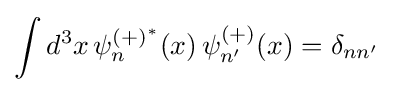
\int d^{3}x\,\psi _{n}^{(+)^{*}}(x)\,\psi _{n'}^{(+)}(x)=\delta _{nn'}